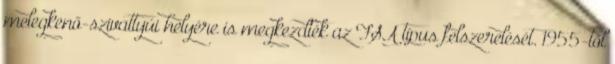
melegkenő-szivattyúi helyére is megkezdték az FSA típus felszerelését. 1955-től